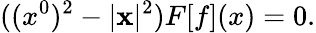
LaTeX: ((x^{0})^{2}-|{\mathbf x}|^{2})F[f](x)=0.